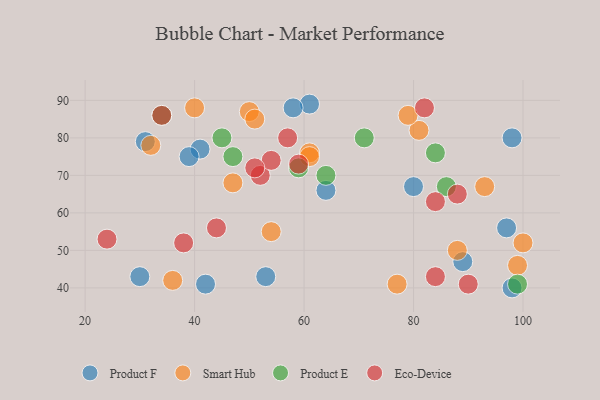
{"axis": {"x": "GDP", "y": "Life Expectancy"}, "legend": ["Eco-Device", "Product E", "Product F", "Smart Hub"], "data": [{"x": "98", "y": 40, "type": "Product F"}, {"x": "53", "y": 43, "type": "Product F"}, {"x": "98", "y": 80, "type": "Product F"}, {"x": "30", "y": 43, "type": "Product F"}, {"x": "97", "y": 56, "type": "Product F"}, {"x": "31", "y": 79, "type": "Product F"}, {"x": "80", "y": 67, "type": "Product F"}, {"x": "89", "y": 47, "type": "Product F"}, {"x": "41", "y": 77, "type": "Product F"}, {"x": "61", "y": 89, "type": "Product F"}, {"x": "64", "y": 66, "type": "Product F"}, {"x": "39", "y": 75, "type": "Product F"}, {"x": "42", "y": 41, "type": "Product F"}, {"x": "58", "y": 88, "type": "Product F"}, {"x": "50", "y": 87, "type": "Smart Hub"}, {"x": "61", "y": 76, "type": "Smart Hub"}, {"x": "99", "y": 46, "type": "Smart Hub"}, {"x": "88", "y": 50, "type": "Smart Hub"}, {"x": "32", "y": 78, "type": "Smart Hub"}, {"x": "93", "y": 67, "type": "Smart Hub"}, {"x": "61", "y": 75, "type": "Smart Hub"}, {"x": "36", "y": 42, "type": "Smart Hub"}, {"x": "77", "y": 41, "type": "Smart Hub"}, {"x": "40", "y": 88, "type": "Smart Hub"}, {"x": "100", "y": 52, "type": "Smart Hub"}, {"x": "54", "y": 55, "type": "Smart Hub"}, {"x": "81", "y": 82, "type": "Smart Hub"}, {"x": "51", "y": 85, "type": "Smart Hub"}, {"x": "47", "y": 68, "type": "Smart Hub"}, {"x": "79", "y": 86, "type": "Smart Hub"}, {"x": "84", "y": 76, "type": "Product E"}, {"x": "86", "y": 67, "type": "Product E"}, {"x": "99", "y": 41, "type": "Product E"}, {"x": "64", "y": 70, "type": "Product E"}, {"x": "45", "y": 80, "type": "Product E"}, {"x": "34", "y": 86, "type": "Product E"}, {"x": "47", "y": 75, "type": "Product E"}, {"x": "59", "y": 72, "type": "Product E"}, {"x": "71", "y": 80, "type": "Product E"}, {"x": "52", "y": 70, "type": "Eco-Device"}, {"x": "24", "y": 53, "type": "Eco-Device"}, {"x": "84", "y": 63, "type": "Eco-Device"}, {"x": "54", "y": 74, "type": "Eco-Device"}, {"x": "34", "y": 86, "type": "Eco-Device"}, {"x": "84", "y": 43, "type": "Eco-Device"}, {"x": "82", "y": 88, "type": "Eco-Device"}, {"x": "57", "y": 80, "type": "Eco-Device"}, {"x": "38", "y": 52, "type": "Eco-Device"}, {"x": "44", "y": 56, "type": "Eco-Device"}, {"x": "88", "y": 65, "type": "Eco-Device"}, {"x": "59", "y": 73, "type": "Eco-Device"}, {"x": "90", "y": 41, "type": "Eco-Device"}, {"x": "51", "y": 72, "type": "Eco-Device"}]}